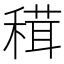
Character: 穁